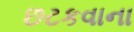
છટકવાના